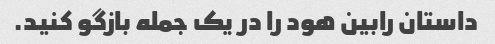
داستان رابین هود را در یک جمله بازگو کنید.